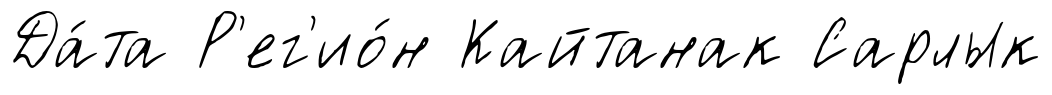
Да́та Р'ег'ио́н Кайтанак Сарлык